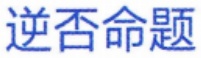
逆否命题